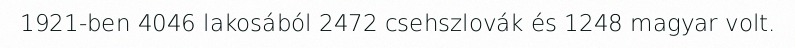
1921-ben 4046 lakosából 2472 csehszlovák és 1248 magyar volt.